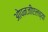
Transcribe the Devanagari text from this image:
ओपनजीएलच्या